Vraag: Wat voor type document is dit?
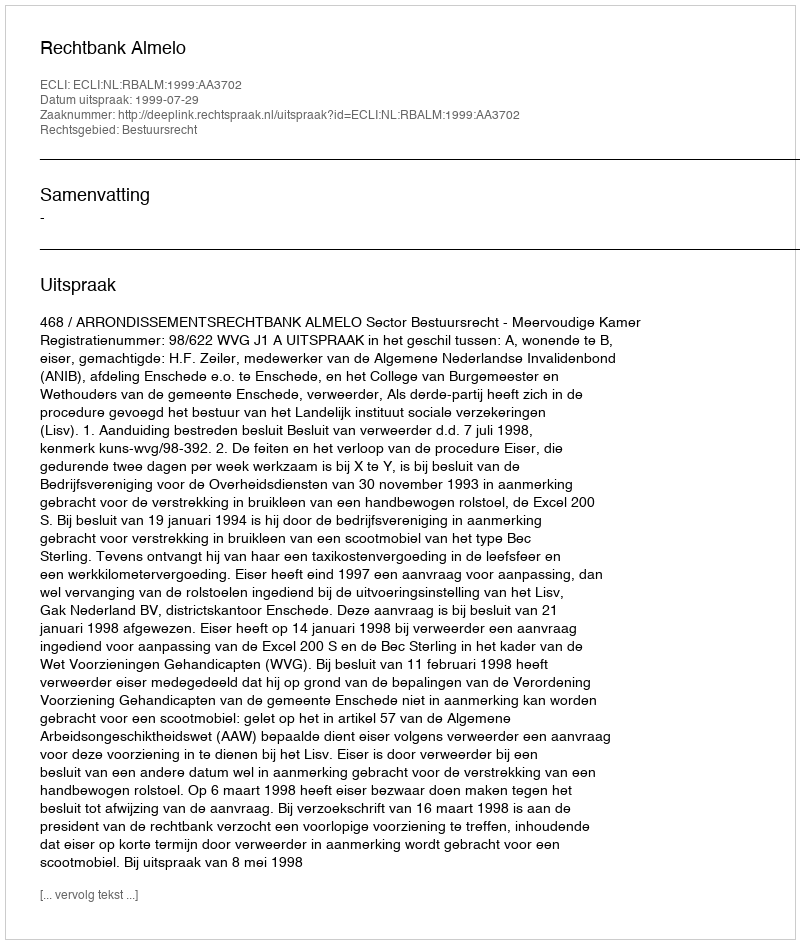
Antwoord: Uitspraak